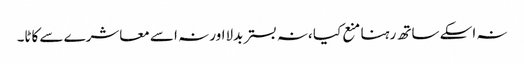
نہ اسکے ساتھ رہنا منع کیا ،نہ بستر بدلااور نہ اسے معاشرے سے کاٹا۔